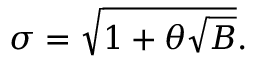
\sigma = \sqrt { 1 + \theta \sqrt { B } } .